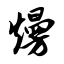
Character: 熳